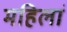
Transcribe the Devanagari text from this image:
महिलां